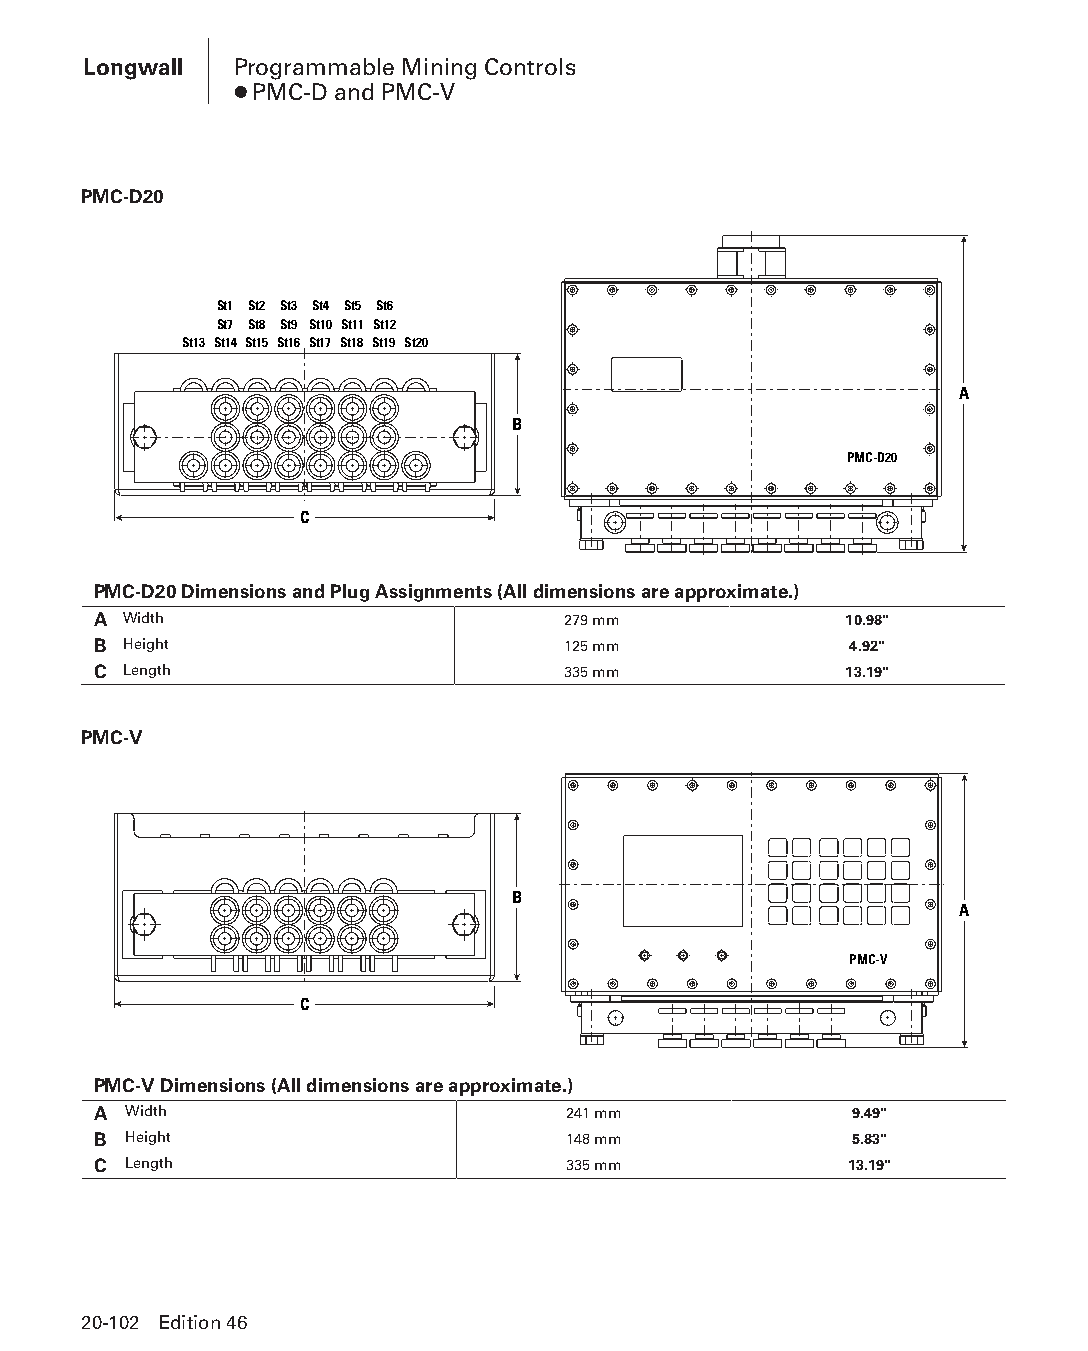
Longwall  Programmable Mining Controls
 ● PMC-D and PMC-V
 PMC-D20
 St1 St2 St3 St4 St5 St6
 St7 St8 St9 St10 St11 St12
 St13 St14 St15 St16 St17 St18 St19 St20
 A
 B
 PMC-D20
 C
 PMC-D20 Dimensions and Plug Assignments (All dimensions are approximate.)
 A Width                        279 mm            10.98"
 B Height                       125 mm             4.92"
 C Length                       335 mm            13.19"
 PMC-V
 B
 A
 PMC-V
 C
 PMC-V Dimensions (All dimensions are approximate.)
 A Width                        241 mm             9.49"
 B Height                       148 mm             5.83"
 C Length                       335 mm            13.19"
 20-102 Edition 46
 PPHHBB--SSeecc2200--LLoonnggwwaallll((ppgg002255--112200))..iinndddd 110022 1122//44//1155 1111::0022 AAMM